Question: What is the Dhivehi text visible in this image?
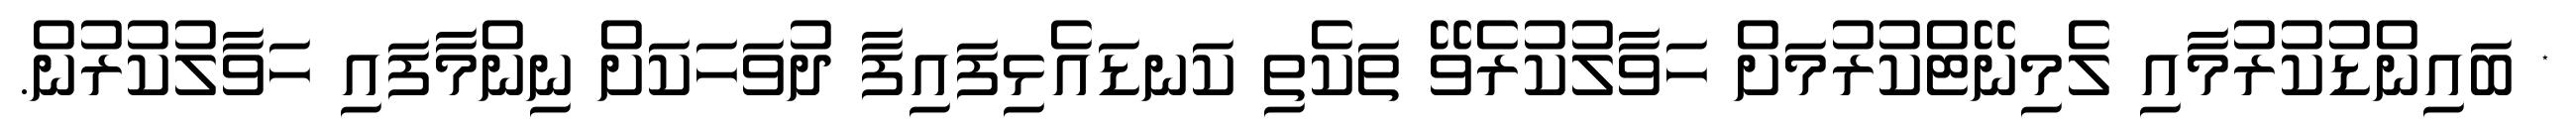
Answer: * ބައިންޑުކުރުމާއި ލެމިނޭޓްކުރުމަށް ހަވާލުކުރެވޭ ތަކެތި ކަނޑައެޅިފައިފާ ދުވަހަކަށް ނިންމާފައި ހަވާލުކުރުން.